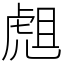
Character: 䖕